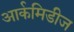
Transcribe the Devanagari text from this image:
आर्कमिडीज